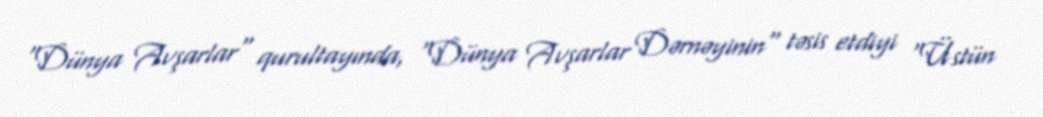
"Dünya Avşarlar" qurultayında, "Dünya Avşarlar Dərnəyinin" təsis etdiyi "Üstün